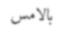
بالامس